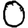
Digit: 0